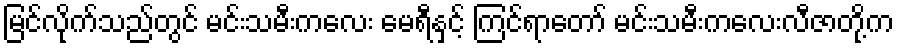
မြင်လိုက်သည်တွင် မင်းသမီးကလေး မေရီနှင့် ကြင်ရာတော် မင်းသမီးကလေးလီဇာတို့က